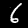
Label: 6